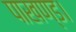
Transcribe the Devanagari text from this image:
पाखण्ड।